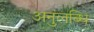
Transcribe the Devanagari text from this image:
अनुलब्धि